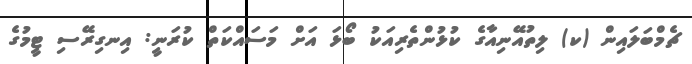
ޗެމްބަލައިން (ކ) ލިތުއޭނިއާގެ ކުޅުންތެރިއަކު ބޯޅަ އަށް މަސައްކަތް ކުރަނީ: އިނގިރޭސި ޓީމުގެ